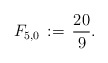
\begin{align*}F_{5,0}\,:=\,\frac{20}{9}.\end{align*}